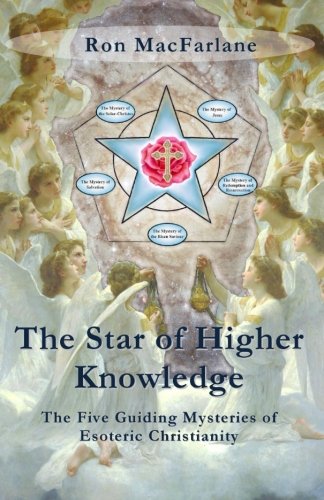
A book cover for The Star of Higher Knowledge: The Five Guiding Mysteries of Esoteric Christianity; Ron MacFarlane; Religion & Spirituality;